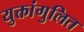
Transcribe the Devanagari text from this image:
युक्तांगुलित